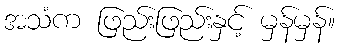
အသံက ဖြည်းဖြည်းနှင့် မှန်မှန်။